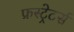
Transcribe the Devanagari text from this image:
फ्रस्ट्रेटर्स